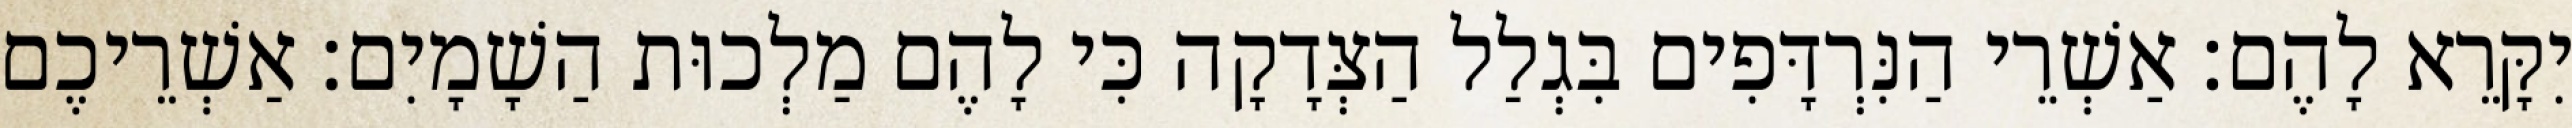
יִקָּרֵא לָהֶם׃ אַשְׁרֵי הַנִּרְדָּפִים בִּגְלַל הַצְּדָקָה כִּי לָהֶם מַלְכוּת הַשָׁמָיִם׃ אַשְׁרֵיכֶם